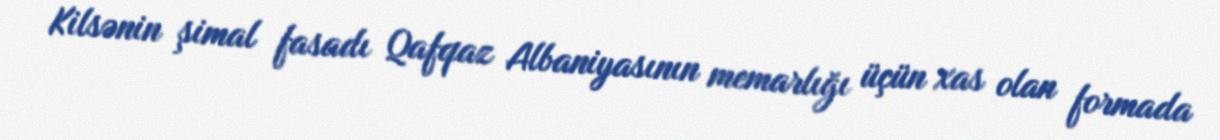
Kilsənin şimal fasadı Qafqaz Albaniyasının memarlığı üçün xas olan formada